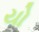
યો